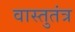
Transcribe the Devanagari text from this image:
वास्तुतंत्र